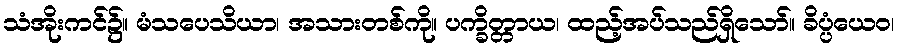
သံအိုးကင်၌။ မံသပေသိယာ၊ အသားတစ်ကို။ ပက္ခိတ္တာယ၊ ထည့်အပ်သည်ရှိသော်။ ခိပ္ပံယေဝ၊